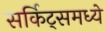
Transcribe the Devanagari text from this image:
सर्किट्समध्ये